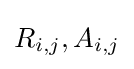
R_{i,j},A_{i,j}